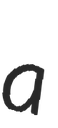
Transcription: a